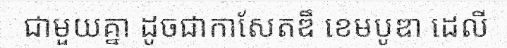
ជាមួយគ្នា ដូចជាកាសែតឌឹ ខេមបូឌា ដេលី